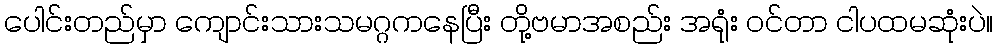
ပေါင်းတည်မှာ ကျောင်းသားသမဂ္ဂကနေပြီး တို့ဗမာအစည်း အရုံး ဝင်တာ ငါပထမဆုံးပဲ။